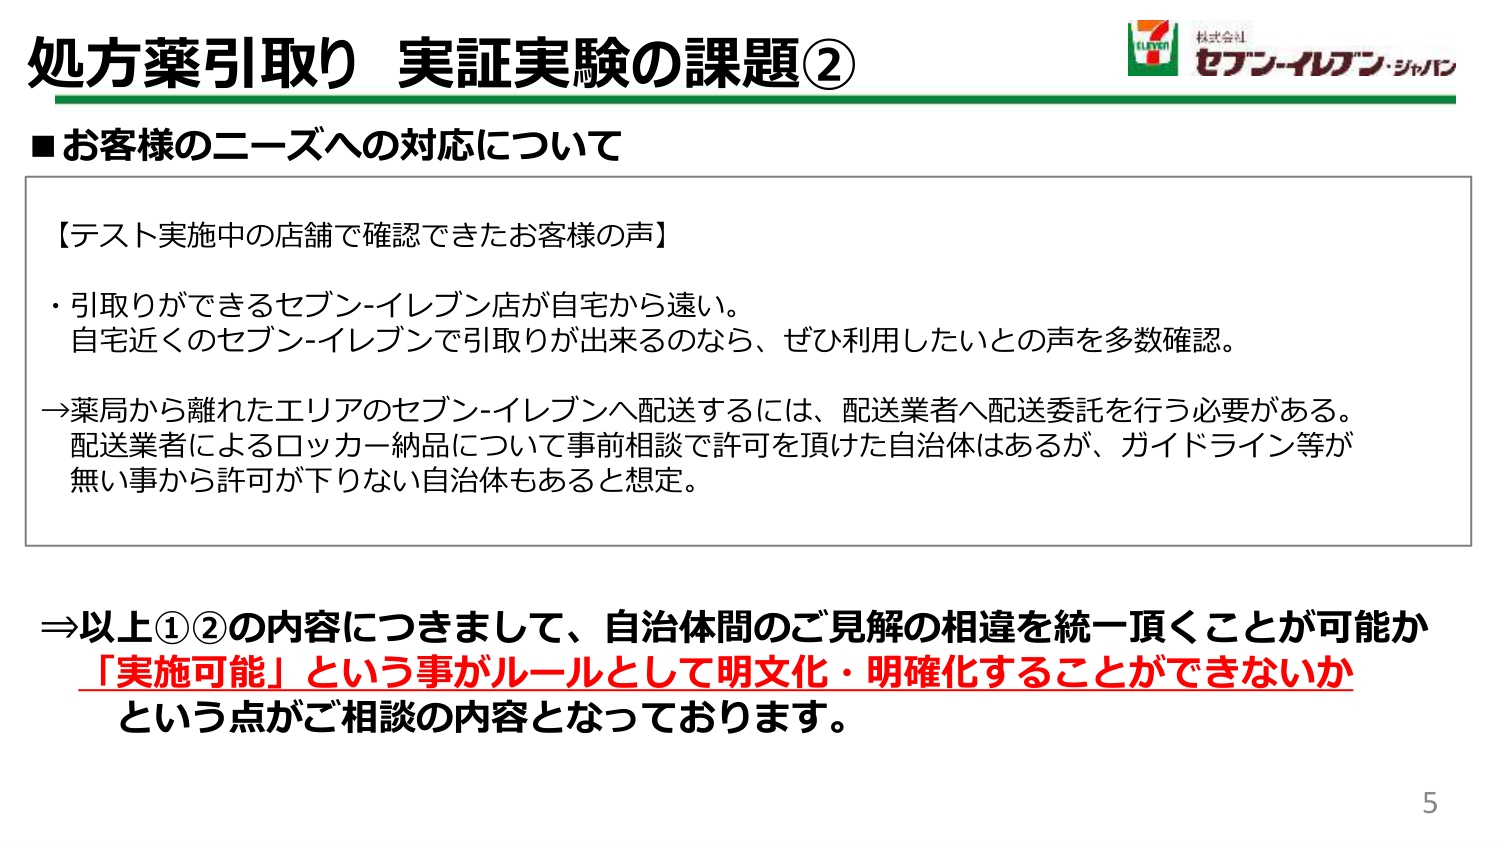
処方薬引取り 実証実験の課題②

■お客様のニーズへの対応について

【テスト実施中の店舗で確認できたお客様の声】
・引取りができるセブン-イレブン店が自宅から遠い。
自宅近くのセブン-イレブンで引取りが出来るのなら、ぜひ利用したいとの声を多数確認。

→薬局から離れたエリアのセブン-イレブンへ配送するには、配送業者へ配送委託を行う必要がある。
配送業者によるロッカー納品について事前相談で許可を頂けた自治体はあるが、ガイドライン等が
無い事から許可が下りない自治体もあると想定。

⇒以上①②の内容につきまして、自治体間のご見解の相違を統一頂くことが可能か
「実施可能」という事がルールとして明文化・明確化することができないか
という点がご相談の内容となっております。

5

株式会社
セブン-イレブン・ジャパン